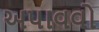
અપાવવો